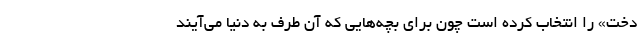
دخت» را انتخاب کرده است چون برای بچه‌هایی که آن طرف به دنیا می‌آیند